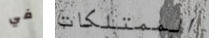
في الممتلكات